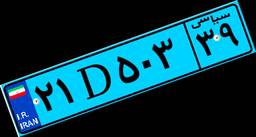
۰۲D۳۱۲۱۲